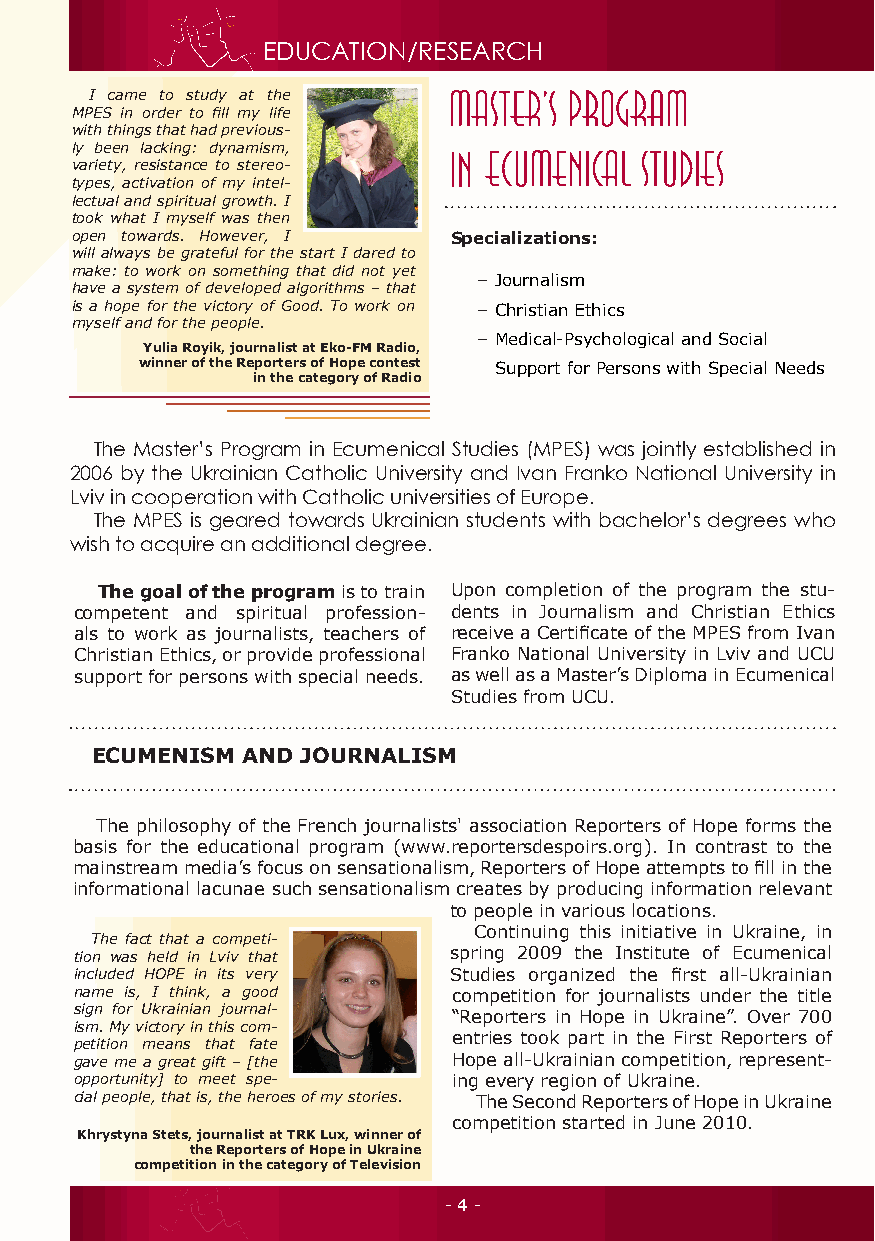
EDUCATION/RESEARCH
 I came to study at the
 MPES in order to fill my life
 with things that had previous-
 ly been lacking: dynamism,
 variety, resistance to stereo-
 types, activation of my intel-
 lectual and spiritual growth. I
 took what I myself was then
 open towards. However, I Specializations:
 will always be grateful for the start I dared to
 make: to work on something that did not yet
 – Journalism
 have a system of developed algorithms – that
 is a hope for the victory of Good. To work on – Christian Ethics
 myself and for the people.
 – Medical-Psychological and Social
 Yulia Royik, journalist at Eko-FM Radio,
 winner of the Reporters of Hope contest Support for Persons with Special Needs
 in the category of Radio
 The Master’s Program in Ecumenical Studies (MPES) was jointly established in
 2006 by the Ukrainian Catholic University and Ivan Franko National University in
 Lviv in cooperation with Catholic universities of Europe.
 The MPES is geared towards Ukrainian students with bachelor’s degrees who
 wish to acquire an additional degree.
 The goal of the program is to train Upon completion of the program the stu-
 competent and spiritual profession- dents in Journalism and Christian Ethics
 als to work as journalists, teachers of receive a Certificate of the MPES from Ivan
 Christian Ethics, or provide professional Franko National University in Lviv and UCU
 support for persons with special needs. as well as a Master’s Diploma in Ecumenical
 Studies from UCU.
 ECUMENISM AND JOURNALISM
 The philosophy of the French journalists' association Reporters of Hope forms the
 basis for the educational program (www.reportersdespoirs.org). In contrast to the
 mainstream media’s focus on sensationalism, Reporters of Hope attempts to fill in the
 informational lacunae such sensationalism creates by producing information relevant
 to people in various locations.
 Continuing this initiative in Ukraine, in
 The fact that a competi-
 tion was held in Lviv that spring 2009 the Institute of Ecumenical
 included HOPE in its very Studies organized the first all-Ukrainian
 name is, I think, a good competition for journalists under the title
 sign for Ukrainian journal-
 “Reporters in Hope in Ukraine”. Over 700
 ism. My victory in this com-
 entries took part in the First Reporters of
 petition means that fate
 gave me a great gift – [the Hope all-Ukrainian competition, represent-
 opportunity] to meet spe- ing every region of Ukraine.
 cial people, that is, the heroes of my stories. The Second Reporters of Hope in Ukraine
 competition started in June 2010.
 Khrystyna Stets, journalist at TRK Lux, winner of
 the Reporters of Hope in Ukraine
 competition in the category of Television
 - 4 -